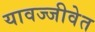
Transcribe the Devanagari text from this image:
यावज्जीवेत